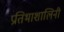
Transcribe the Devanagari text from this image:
प्रतिभाशालिनी